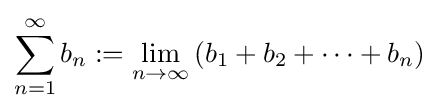
\sum _{n=1}^{\infty }b_{n}:=\lim _{n\to \infty }\left(b_{1}+b_{2}+\cdots +b_{n}\right)